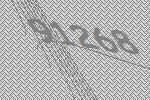
91268